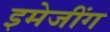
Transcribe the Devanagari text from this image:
इमेजींग